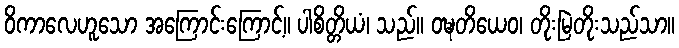
ဝိကာလေဟူသော အကြောင်းကြောင့်။ ပါစိတ္တိယံ၊ သည်။ ဝဍ္ဎတိယေဝ၊ တိုးမြဲတိုးသည်သာ။